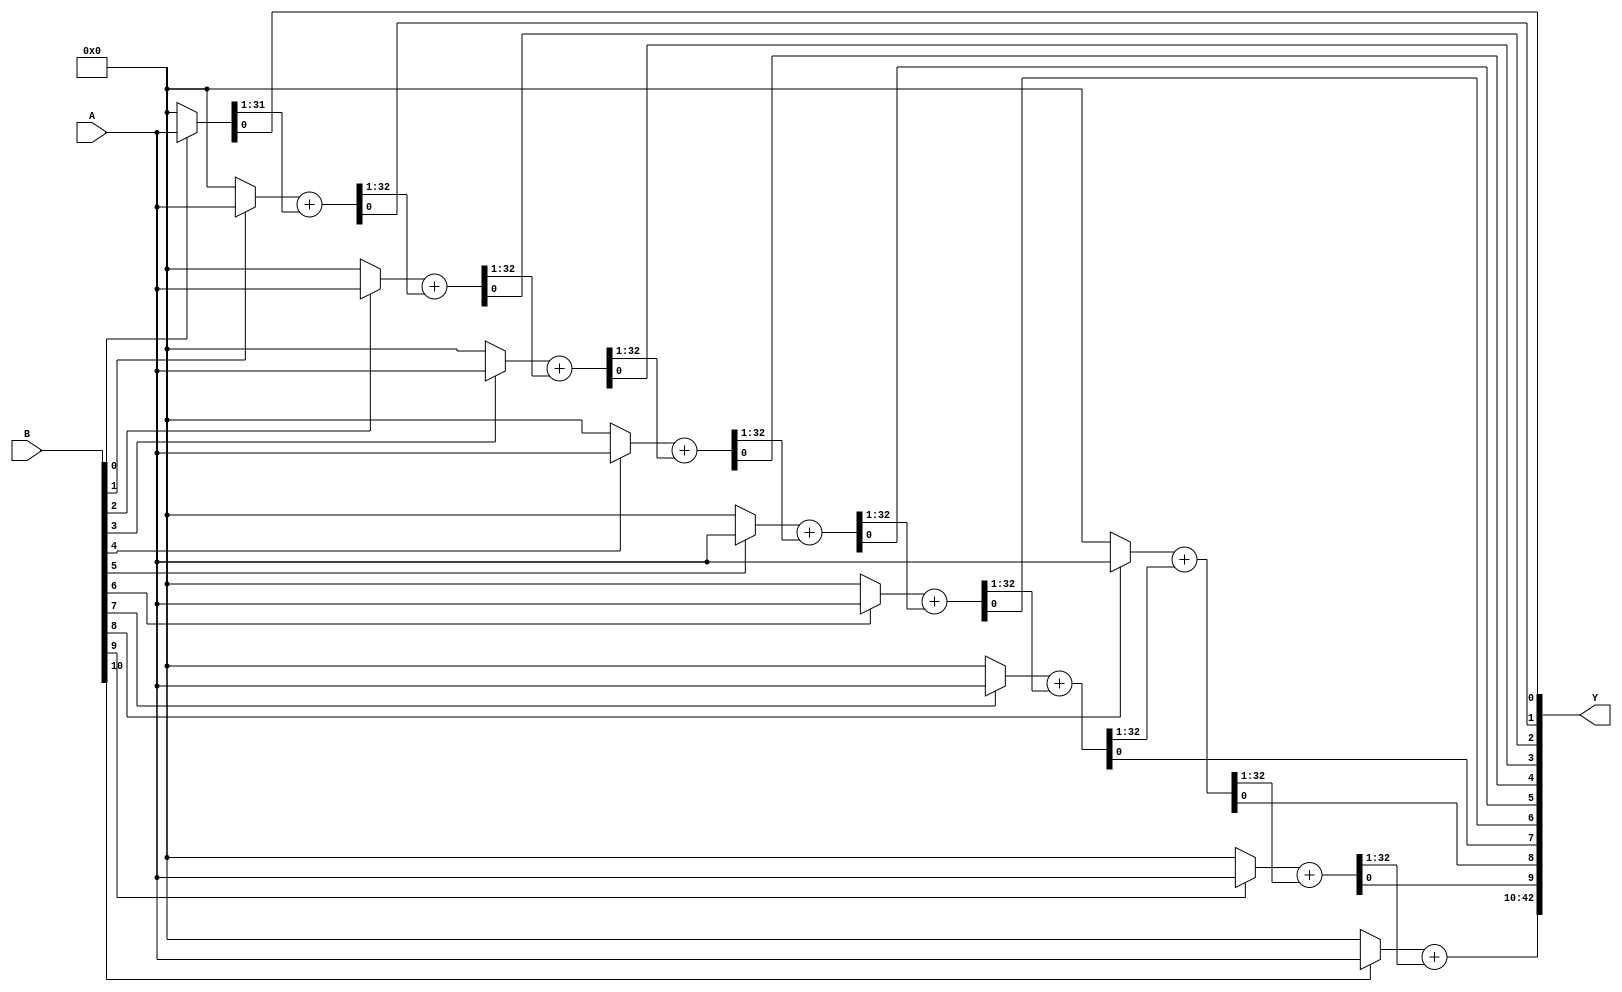
// Unsigned Multiplier 
// Parallel Multiplier 
// A size is N and B size is M
// ---- Written by Dr. Vikram ---

module Array_MUL_USign #(parameter N=32,M=11)(A,B,Y);
    input [N-1:0]A;
    input [M-1:0]B;
    output [M+N-1:0]Y;
    
   
    // Declare partial products terms, Total partial products are M
	wire [N-1:0]P[0:M-1]; // Bits-size of each partial product is N-bits
	wire [N-1:0]S[0:M-1]; // 

// Generate partial products 

genvar i;
generate

    for(i=0;i<M;i=i+1)
    begin:partial_products_gen
    	assign P[i] = B[i] ? A : {(N){1'B0}};
    end
endgenerate

// Add partial products 
    assign {S[0], Y[0]} = {1'b0, P[0]}; 



generate 
genvar j; 
	for(j = 0; j < M-1; j = j + 1)
	begin: Add_partial_products
		assign {S[j+1], Y[j+1]} = P[j+1] + S[j]; 
	end
endgenerate
    
assign Y[N+M-1:M] = S[M-1];
endmodule